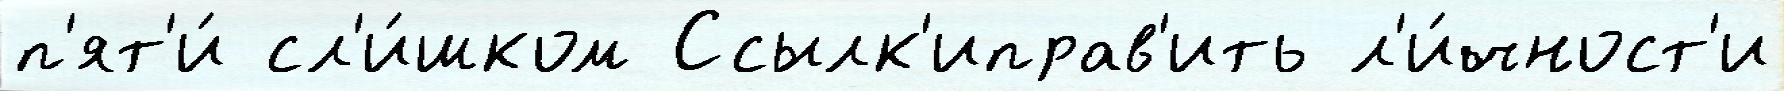
п'ят'и́ сл'и́шком Ссылк'иправ'ить л'и́чност'и